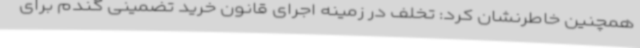
همچنین خاطرنشان کرد: تخلف در زمینه اجرای قانون خرید تضمینی گندم برای